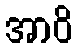
အာဝိ